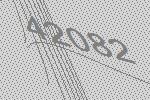
42082